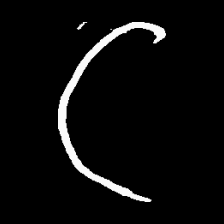
Pyu character \u2014 Myanmar letter: ဋ (romanized: tta)